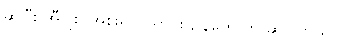
ဆိုပြီး အီဂျစ် အစိုးရ သတင်းဌာနတွေ က ဆိုပါတယ်။